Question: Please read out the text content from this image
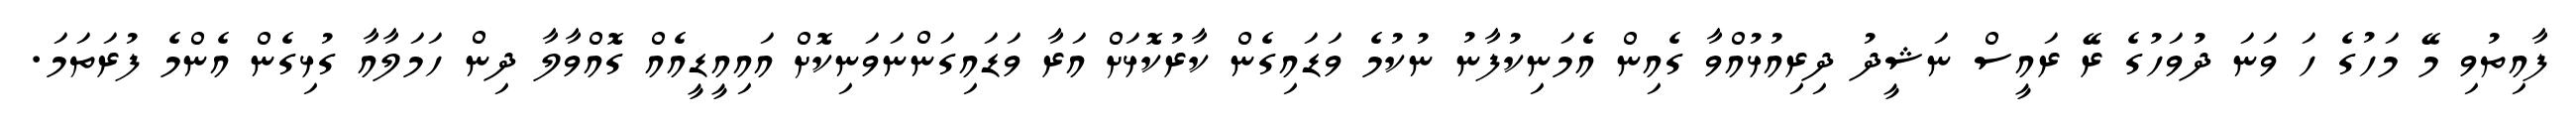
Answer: ފާއިތުވި މޭ މަހުގެ ހަ ވަނަ ދުވަހުގެ ރޭ ރައީސް ނަޝީދު ދިރިއުޅުއްވާ ގެއިން އެމަނިކުފާނު ނުކުމެ ވަޑައިގެން ކާރުކޮޅަށް އަރާ ވަޑައިގަންނަވަނިކޮށް އައިއީޑީއެއް ގޮއްވާލާ ދިން ހަމަލާއާ ގުޅިގެން އެންމެ ފުރަތަމަ.